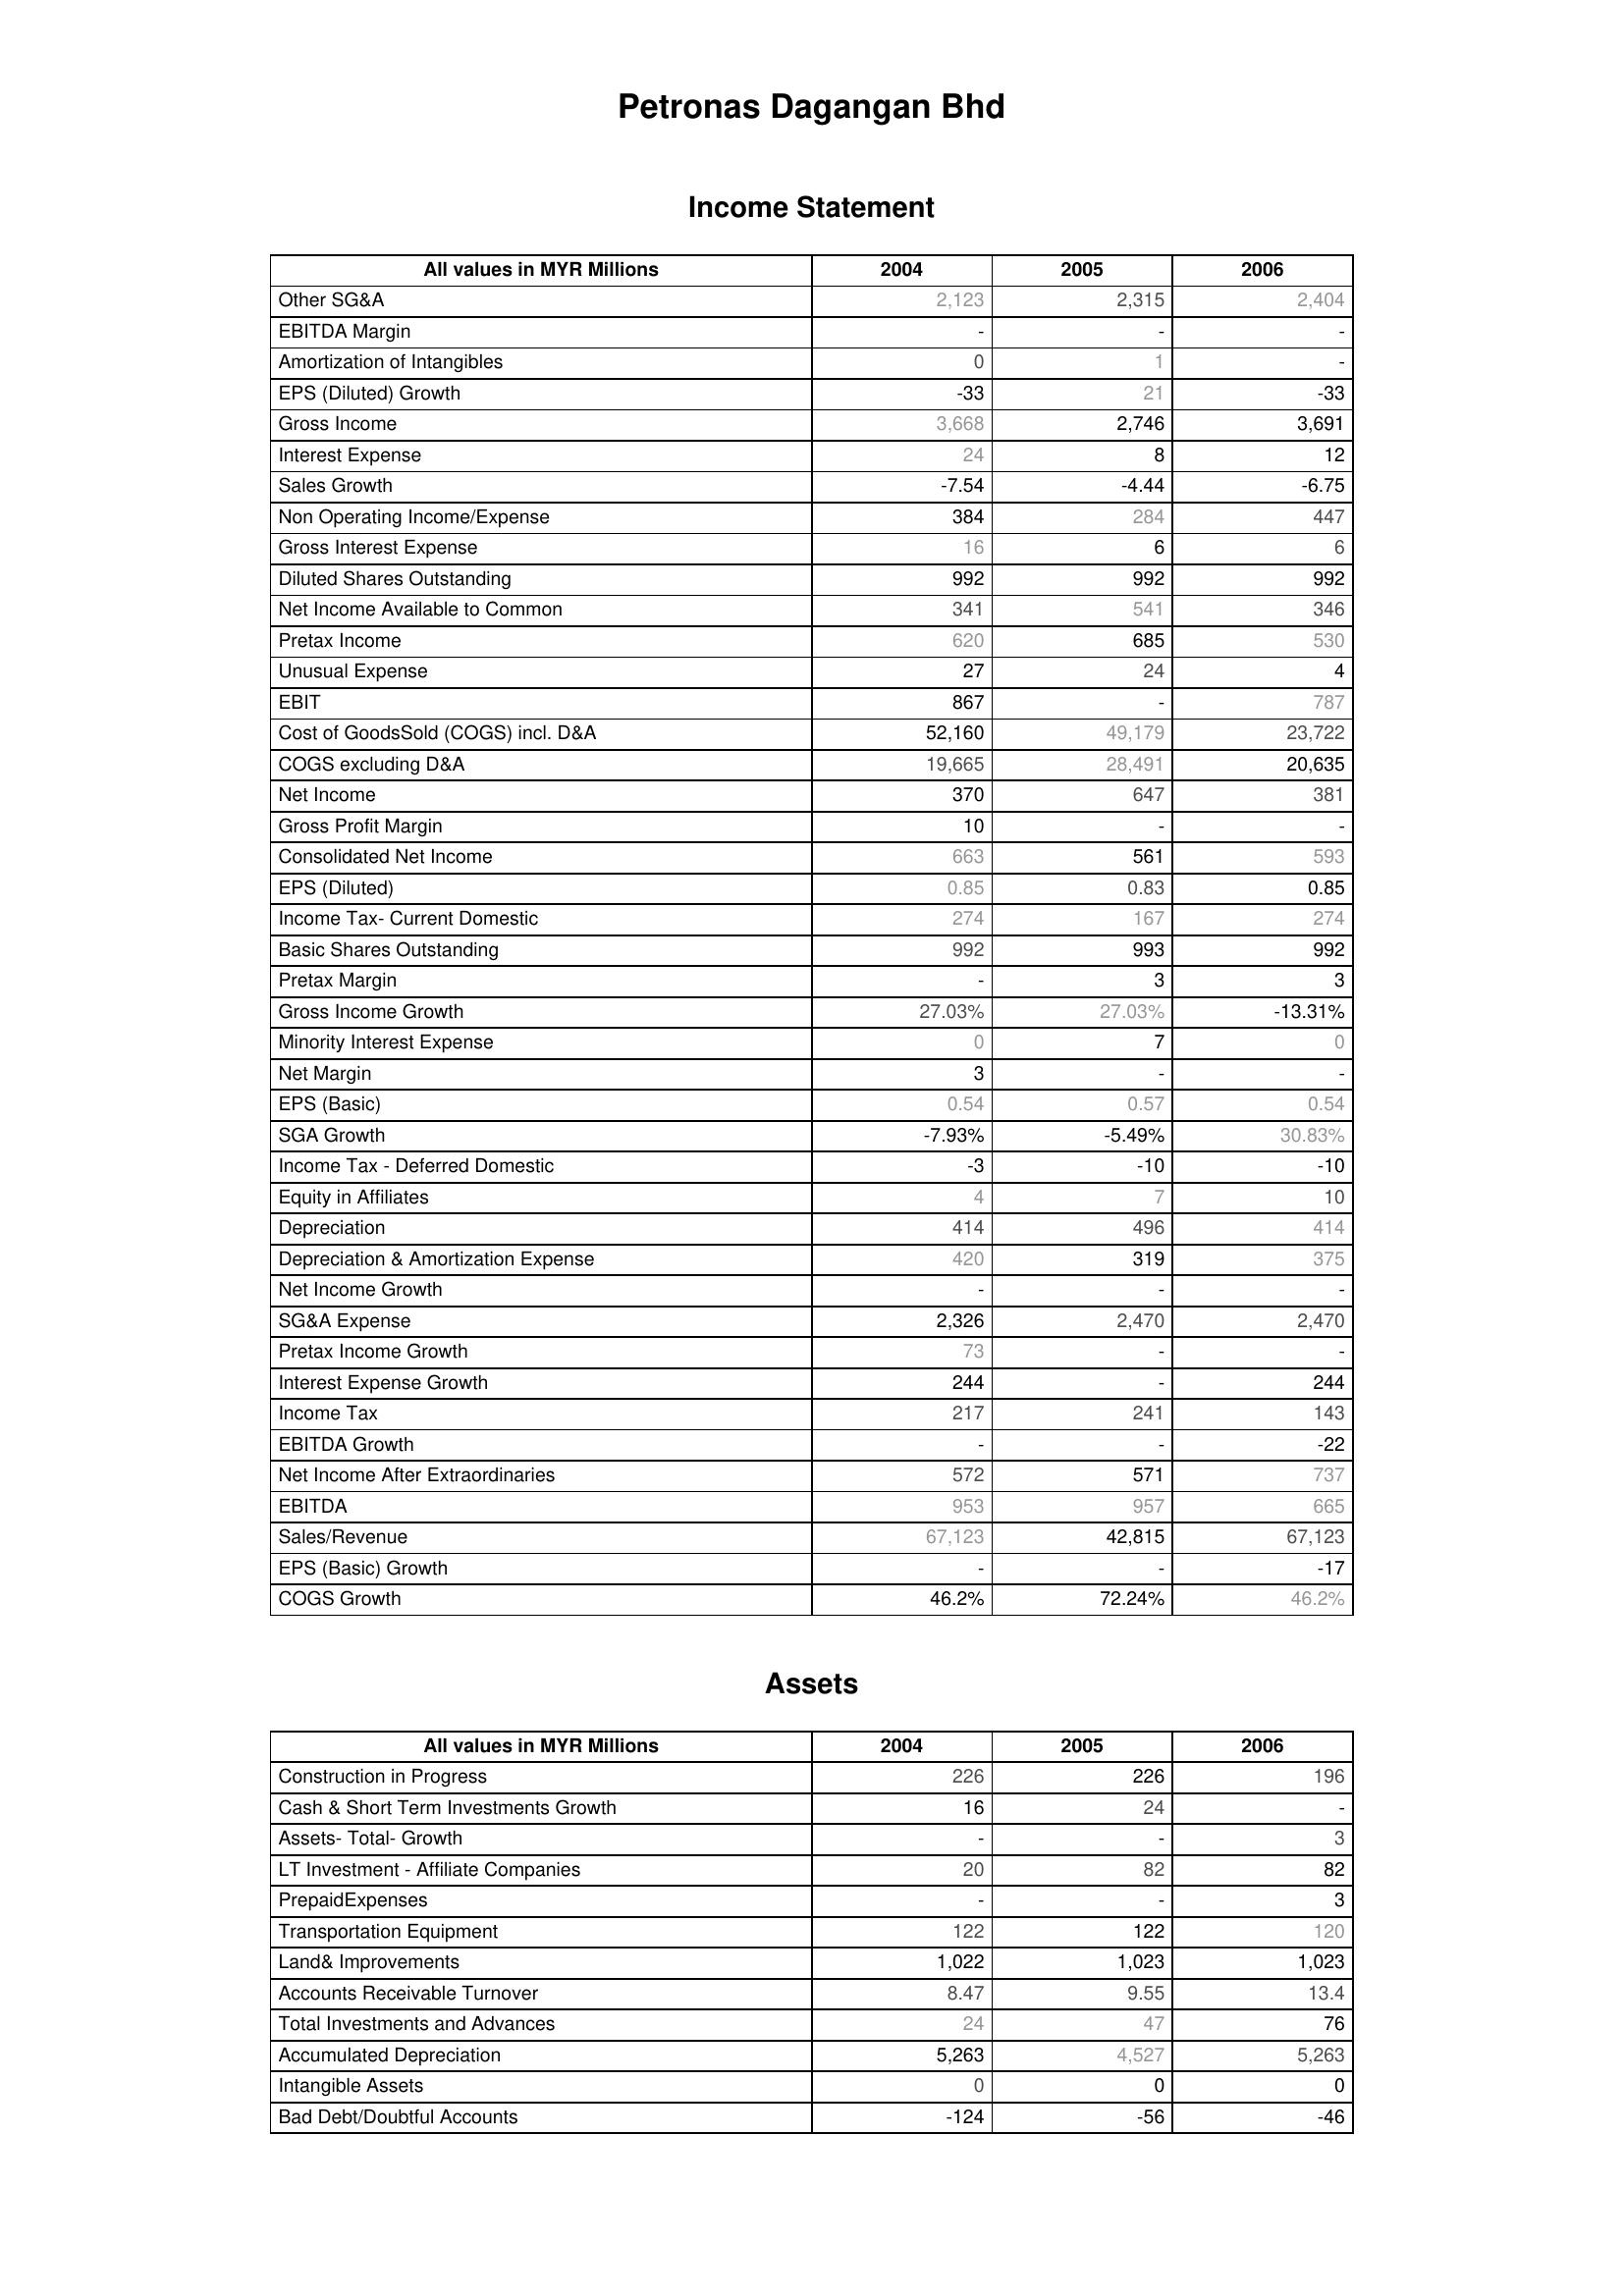
2004: Income Statement: Other SG&A: 2,123
EBITDA Margin: -
Amortization of Intangibles: 0
EPS (Diluted) Growth: -33
Gross Income: 3,668
Interest Expense: 24
Sales Growth: -7.54
Non Operating Income/Expense: 384
Gross Interest Expense: 16
Diluted Shares Outstanding: 992
Net Income Available to Common: 341
Pretax Income: 620
Unusual Expense: 27
EBIT: 867
Cost of GoodsSold (COGS) incl. D&A: 52,160
COGS excluding D&A: 19,665
Net Income: 370
Gross Profit Margin: 10
Consolidated Net Income: 663
EPS (Diluted): 0.85
Income Tax- Current Domestic: 274
Basic Shares Outstanding: 992
Pretax Margin: -
Gross Income Growth: 27.03%
Minority Interest Expense: 0
Net Margin: 3
EPS (Basic): 0.54
SGA Growth: -7.93%
Income Tax - Deferred Domestic: -3
Equity in Affiliates: 4
Depreciation: 414
Depreciation & Amortization Expense: 420
Net Income Growth: -
SG&A Expense: 2,326
Pretax Income Growth: 73
Interest Expense Growth: 244
Income Tax: 217
EBITDA Growth: -
Net Income After Extraordinaries: 572
EBITDA: 953
Sales/Revenue: 67,123
EPS (Basic) Growth: -
COGS Growth: 46.2%
Assets: Construction in Progress: 226
Cash & Short Term Investments Growth: 16
Assets- Total- Growth: -
LT Investment - Affiliate Companies: 20
PrepaidExpenses: -
Transportation Equipment: 122
Land& Improvements: 1,022
Accounts Receivable Turnover: 8.47
Total Investments and Advances: 24
Accumulated Depreciation: 5,263
Intangible Assets: 0
Bad Debt/Doubtful Accounts: -124
2005: Income Statement: Other SG&A: 2,315
EBITDA Margin: -
Amortization of Intangibles: 1
EPS (Diluted) Growth: 21
Gross Income: 2,746
Interest Expense: 8
Sales Growth: -4.44
Non Operating Income/Expense: 284
Gross Interest Expense: 6
Diluted Shares Outstanding: 992
Net Income Available to Common: 541
Pretax Income: 685
Unusual Expense: 24
EBIT: -
Cost of GoodsSold (COGS) incl. D&A: 49,179
COGS excluding D&A: 28,491
Net Income: 647
Gross Profit Margin: -
Consolidated Net Income: 561
EPS (Diluted): 0.83
Income Tax- Current Domestic: 167
Basic Shares Outstanding: 993
Pretax Margin: 3
Gross Income Growth: 27.03%
Minority Interest Expense: 7
Net Margin: -
EPS (Basic): 0.57
SGA Growth: -5.49%
Income Tax - Deferred Domestic: -10
Equity in Affiliates: 7
Depreciation: 496
Depreciation & Amortization Expense: 319
Net Income Growth: -
SG&A Expense: 2,470
Pretax Income Growth: -
Interest Expense Growth: -
Income Tax: 241
EBITDA Growth: -
Net Income After Extraordinaries: 571
EBITDA: 957
Sales/Revenue: 42,815
EPS (Basic) Growth: -
COGS Growth: 72.24%
Assets: Construction in Progress: 226
Cash & Short Term Investments Growth: 24
Assets- Total- Growth: -
LT Investment - Affiliate Companies: 82
PrepaidExpenses: -
Transportation Equipment: 122
Land& Improvements: 1,023
Accounts Receivable Turnover: 9.55
Total Investments and Advances: 47
Accumulated Depreciation: 4,527
Intangible Assets: 0
Bad Debt/Doubtful Accounts: -56
2006: Income Statement: Other SG&A: 2,404
EBITDA Margin: -
Amortization of Intangibles: -
EPS (Diluted) Growth: -33
Gross Income: 3,691
Interest Expense: 12
Sales Growth: -6.75
Non Operating Income/Expense: 447
Gross Interest Expense: 6
Diluted Shares Outstanding: 992
Net Income Available to Common: 346
Pretax Income: 530
Unusual Expense: 4
EBIT: 787
Cost of GoodsSold (COGS) incl. D&A: 23,722
COGS excluding D&A: 20,635
Net Income: 381
Gross Profit Margin: -
Consolidated Net Income: 593
EPS (Diluted): 0.85
Income Tax- Current Domestic: 274
Basic Shares Outstanding: 992
Pretax Margin: 3
Gross Income Growth: -13.31%
Minority Interest Expense: 0
Net Margin: -
EPS (Basic): 0.54
SGA Growth: 30.83%
Income Tax - Deferred Domestic: -10
Equity in Affiliates: 10
Depreciation: 414
Depreciation & Amortization Expense: 375
Net Income Growth: -
SG&A Expense: 2,470
Pretax Income Growth: -
Interest Expense Growth: 244
Income Tax: 143
EBITDA Growth: -22
Net Income After Extraordinaries: 737
EBITDA: 665
Sales/Revenue: 67,123
EPS (Basic) Growth: -17
COGS Growth: 46.2%
Assets: Construction in Progress: 196
Cash & Short Term Investments Growth: -
Assets- Total- Growth: 3
LT Investment - Affiliate Companies: 82
PrepaidExpenses: 3
Transportation Equipment: 120
Land& Improvements: 1,023
Accounts Receivable Turnover: 13.4
Total Investments and Advances: 76
Accumulated Depreciation: 5,263
Intangible Assets: 0
Bad Debt/Doubtful Accounts: -46